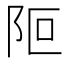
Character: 𨸭